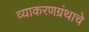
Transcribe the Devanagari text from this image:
व्याकरणग्रंथाचे